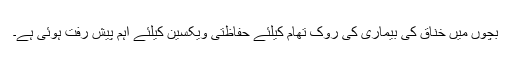
بچوں میں خناق کی بیماری کی روک تھام کیلئے حفاظتی ویکسین کیلئے اہم پیش رفت ہوئی ہے۔